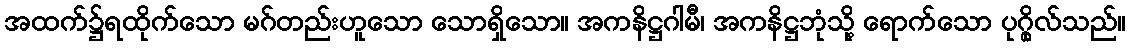
အထက်၌ရထိုက်သော မဂ်တည်းဟူသော သောရှိသော။ အကနိဋ္ဌဂါမီ၊ အကနိဋ္ဌဘုံသို့ ရောက်သော ပုဂ္ဂိုလ်သည်။